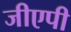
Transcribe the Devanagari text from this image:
जीएपी